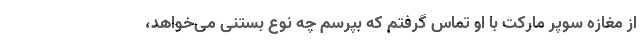
از مغازه سوپر مارکت با او تماس گرفتم که بپرسم چه نوع بستنی می‌خواهد،